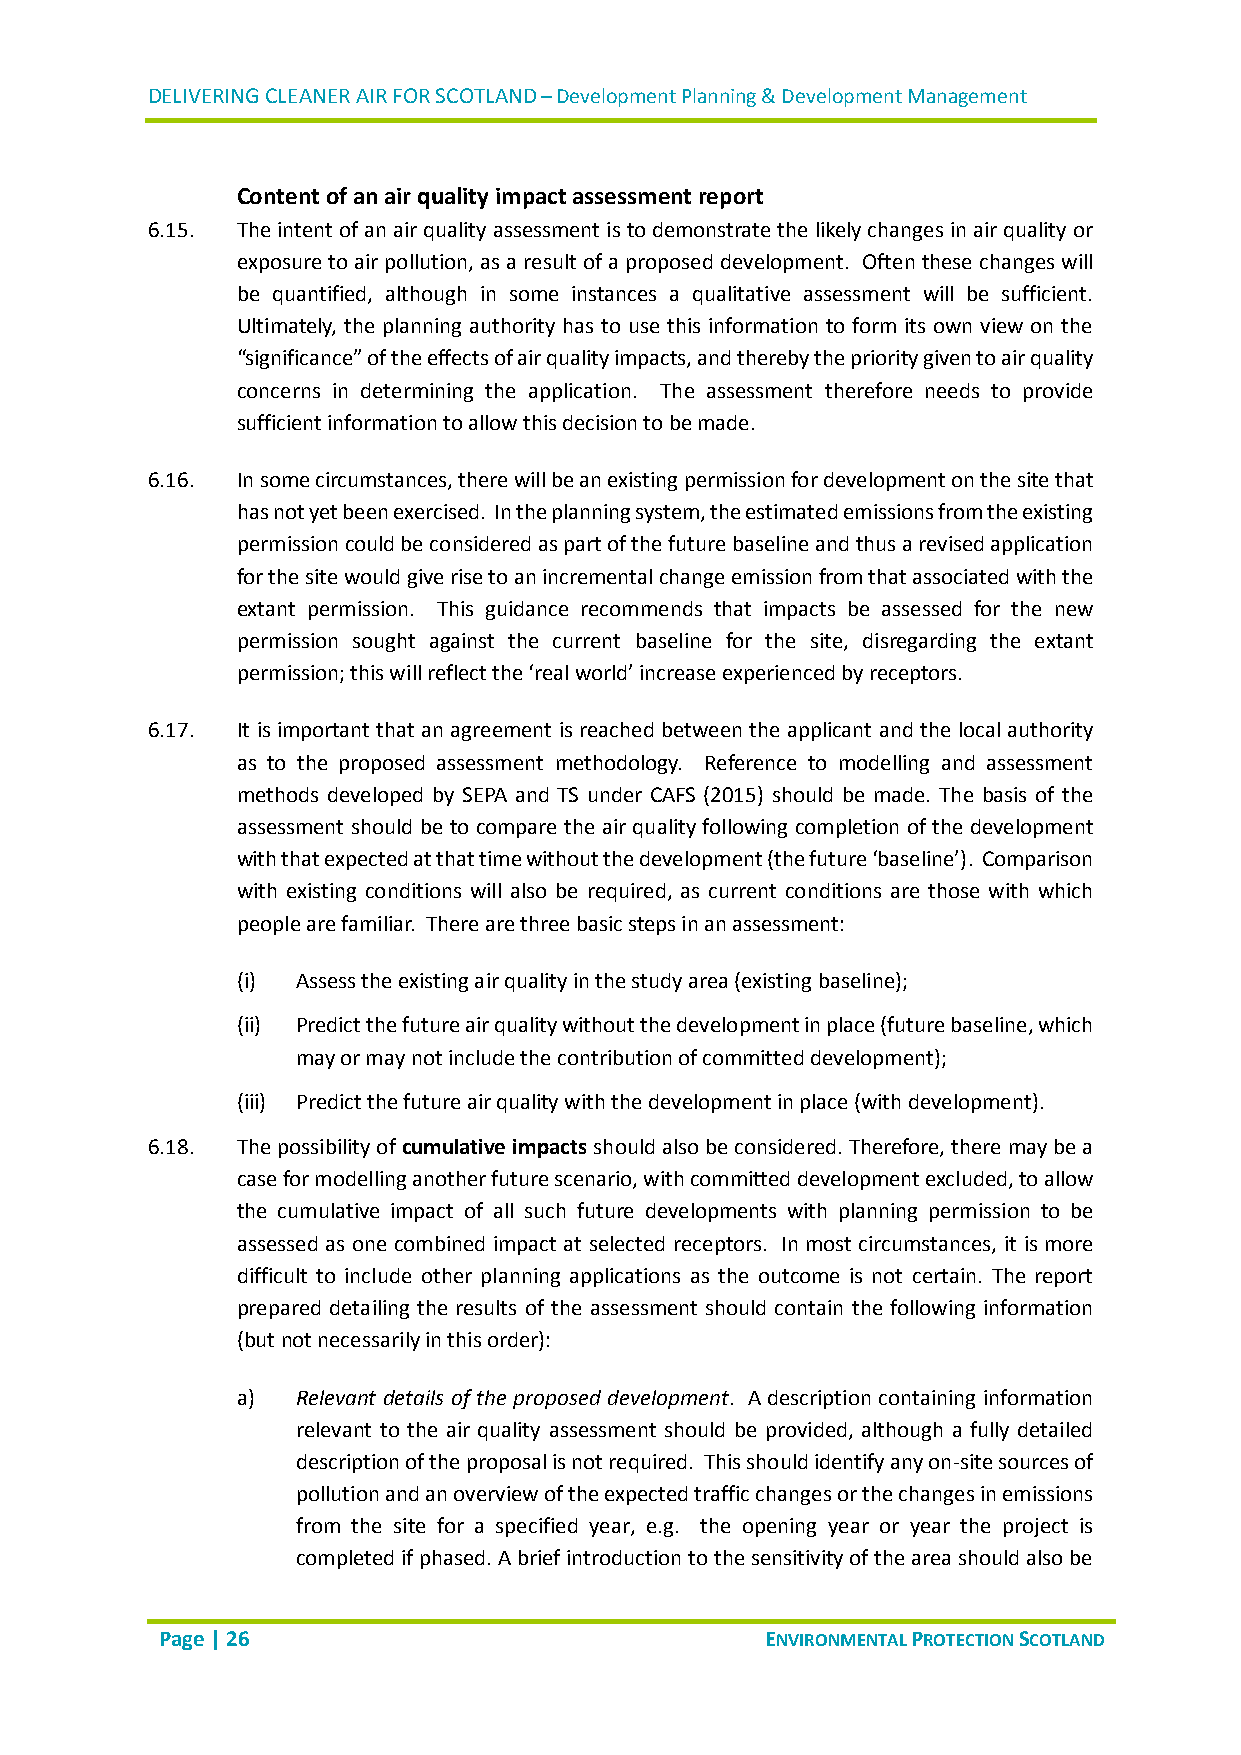
DELIVERING CLEANER AIR FOR SCOTLAND – Development Planning & Development Management
 Content of an air quality impact assessment report
 6.15. The intent of an air quality assessment is to demonstrate the likely changes in air quality or
 exposure to air pollution, as a result of a proposed development. Often these changes will
 be quantified, although in some instances a qualitative assessment will be sufficient.
 Ultimately, the planning authority has to use this information to form its own view on the
 “significance” of the effects of air quality impacts, and thereby the priority given to air quality
 concerns in determining the application. The assessment therefore needs to provide
 sufficient information to allow this decision to be made.
 6.16. In some circumstances, there will be an existing permission for development on the site that
 has not yet been exercised. In the planning system, the estimated emissions from the existing
 permission could be considered as part of the future baseline and thus a revised application
 for the site would give rise to an incremental change emission from that associated with the
 extant permission. This guidance recommends that impacts be assessed for the new
 permission sought against the current baseline for the site, disregarding the extant
 permission; this will reflect the ‘real world’ increase experienced by receptors.
 6.17. It is important that an agreement is reached between the applicant and the local authority
 as to the proposed assessment methodology. Reference to modelling and assessment
 methods developed by SEPA and TS under CAFS (2015) should be made. The basis of the
 assessment should be to compare the air quality following completion of the development
 with that expected at that time without the development (the future ‘baseline’). Comparison
 with existing conditions will also be required, as current conditions are those with which
 people are familiar. There are three basic steps in an assessment:
 (i) Assess the existing air quality in the study area (existing baseline);
 (ii) Predict the future air quality without the development in place (future baseline, which
 may or may not include the contribution of committed development);
 (iii) Predict the future air quality with the development in place (with development).
 6.18. The possibility of cumulative impacts should also be considered. Therefore, there may be a
 case for modelling another future scenario, with committed development excluded, to allow
 the cumulative impact of all such future developments with planning permission to be
 assessed as one combined impact at selected receptors. In most circumstances, it is more
 difficult to include other planning applications as the outcome is not certain. The report
 prepared detailing the results of the assessment should contain the following information
 (but not necessarily in this order):
 a)  Relevant details of the proposed development. A description containing information
 relevant to the air quality assessment should be provided, although a fully detailed
 description of the proposal is not required. This should identify any on-site sources of
 pollution and an overview of the expected traffic changes or the changes in emissions
 from the site for a specified year, e.g. the opening year or year the project is
 completed if phased. A brief introduction to the sensitivity of the area should also be
 Page | 26                               ENVIRONMENTAL PROTECTION SCOTLAND